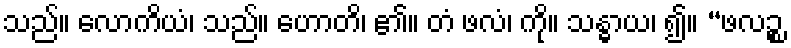
သည်။ လောကိယံ၊ သည်။ ဟောတိ၊ ၏။ တံ ဖလံ၊ ကို။ သန္ဓာယ၊ ၍။ “ဖလဉ္စ